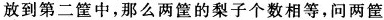
放到第二筐中，那么两筐的梨子个数相等，问两筐